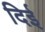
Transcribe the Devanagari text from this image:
दिई